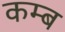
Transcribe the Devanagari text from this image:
कम्ब